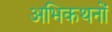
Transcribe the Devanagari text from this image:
अभिकथनों